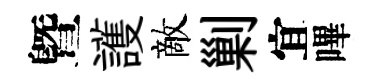
曁護敵剿宜嗶